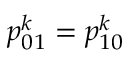
p _ { 0 1 } ^ { k } = p _ { 1 0 } ^ { k }